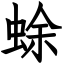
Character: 蜍